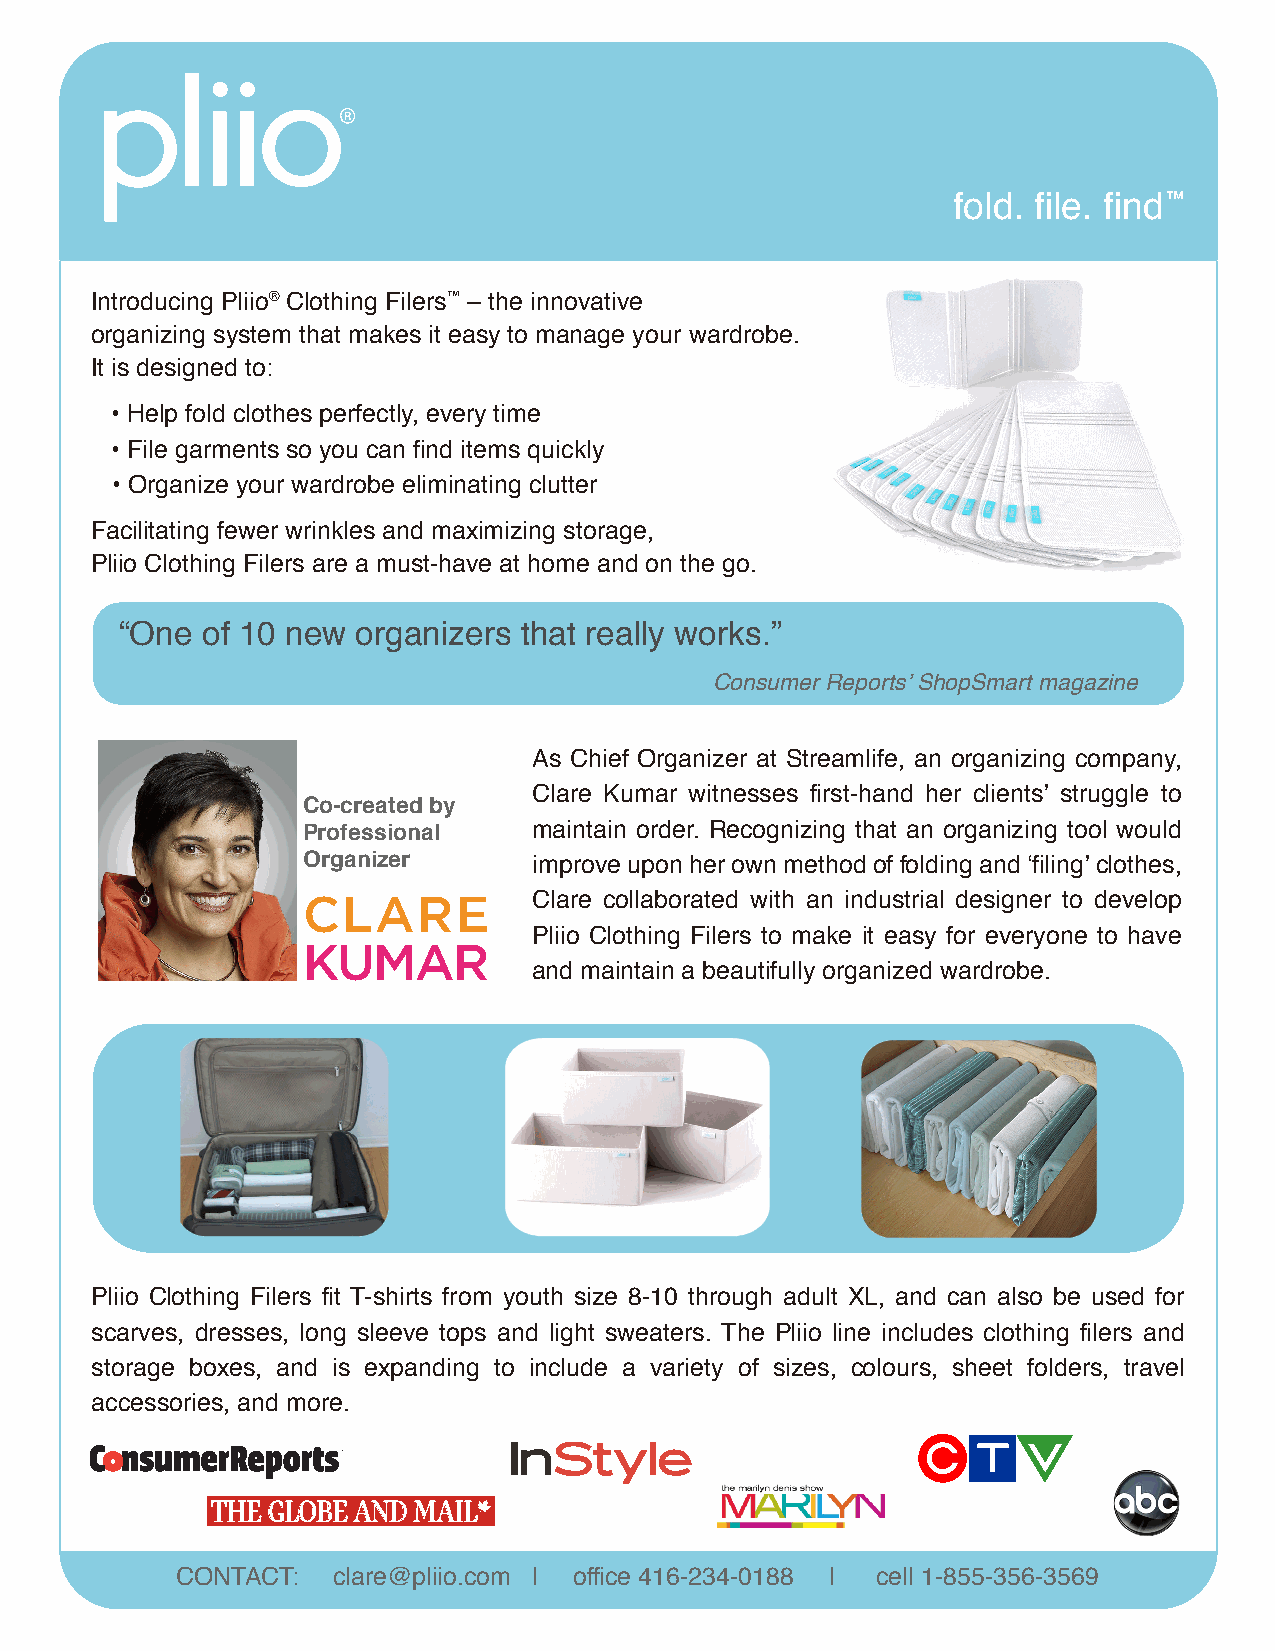
fold. file. find™
 Introducing Pliio® Clothing Filers™ – the innovative
 organizing system that makes it easy to manage your wardrobe.
 It is designed to:
 • Help fold clothes perfectly, every time
 • File garments so you can find items quickly
 • Organize your wardrobe eliminating clutter
 Facilitating fewer wrinkles and maximizing storage,
 Pliio Clothing Filers are a must-have at home and on the go.
 “One of 10 new  organizers that really works.”
 Consumer Reports’ ShopSmart magazine
 As Chief Organizer at Streamlife, an organizing company,
 Clare Kumar witnesses first-hand her clients’ struggle to
 Co-created by
 Professional   maintain order. Recognizing that an organizing tool would
 Organizer      improve upon her own method of folding and ‘filing’ clothes,
 CLARE          Clare collaborated with an industrial designer to develop
 Pliio Clothing Filers to make it easy for everyone to have
 KUMAR
 and maintain a beautifully organized wardrobe.
 Pliio Clothing Filers fit T-shirts from youth size 8-10 through adult XL, and can also be used for
 scarves, dresses, long sleeve tops and light sweaters. The Pliio line includes clothing filers and
 storage boxes, and is expanding to include a variety of sizes, colours, sheet folders, travel
 accessories, and more.
 CONTACT:  clare@pliio.com l office 416-234-0188 l cell 1-855-356-3569